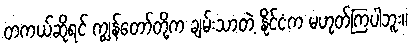
တကယ်ဆိုရင် ကျွန်တော်တို့က ချမ်းသာတဲ့ နိုင်ငံက မဟုတ်ကြပါဘူး။